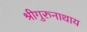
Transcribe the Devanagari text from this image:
श्रीगुरुनाथाय